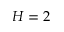
H = 2